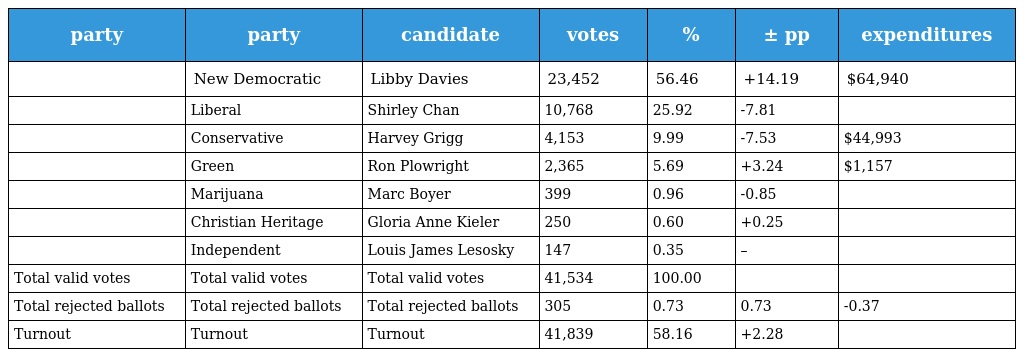
| party | party | candidate | votes | % | ± pp | expenditures |
 | --- | --- | --- | --- | --- | --- | --- |
 |  | New Democratic | Libby Davies | 23,452 | 56.46 | +14.19 | $64,940 |
 |  | Liberal | Shirley Chan | 10,768 | 25.92 | -7.81 |  |
 |  | Conservative | Harvey Grigg | 4,153 | 9.99 | -7.53 | $44,993 |
 |  | Green | Ron Plowright | 2,365 | 5.69 | +3.24 | $1,157 |
 |  | Marijuana | Marc Boyer | 399 | 0.96 | -0.85 |  |
 |  | Christian Heritage | Gloria Anne Kieler | 250 | 0.60 | +0.25 |  |
 |  | Independent | Louis James Lesosky | 147 | 0.35 | – |  |
 | Total valid votes | Total valid votes | Total valid votes | 41,534 | 100.00 |  |  |
 | Total rejected ballots | Total rejected ballots | Total rejected ballots | 305 | 0.73 | 0.73 | -0.37 |
 | Turnout | Turnout | Turnout | 41,839 | 58.16 | +2.28 |  |